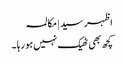
اظہر سید | مکالمہ
کچھ بھی ٹھیک نہیں ہو رہا ۔